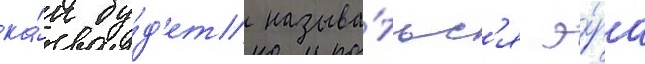
ка́к бу́д'ет называ́тьс'я э́ра